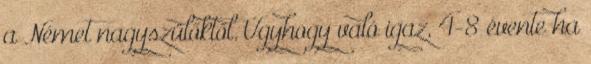
a Német nagyszülőktől. Úgyhogy való igaz, 4-8 évente ha